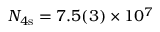
N _ { 4 \mathrm { s } } = 7 . 5 ( 3 ) \times 1 0 ^ { 7 }